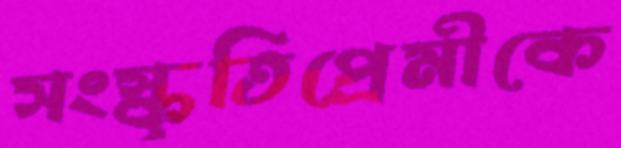
সংস্কৃতিপ্রেমীকে